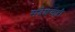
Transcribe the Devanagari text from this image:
संदेशवाही